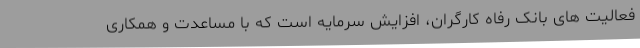
فعالیت های بانک رفاه کارگران، افزایش سرمایه است که با مساعدت و همکاری